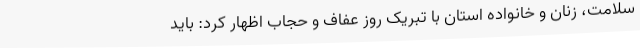
سلامت، زنان و خانواده استان با تبریک روز عفاف و حجاب اظهار کرد: باید